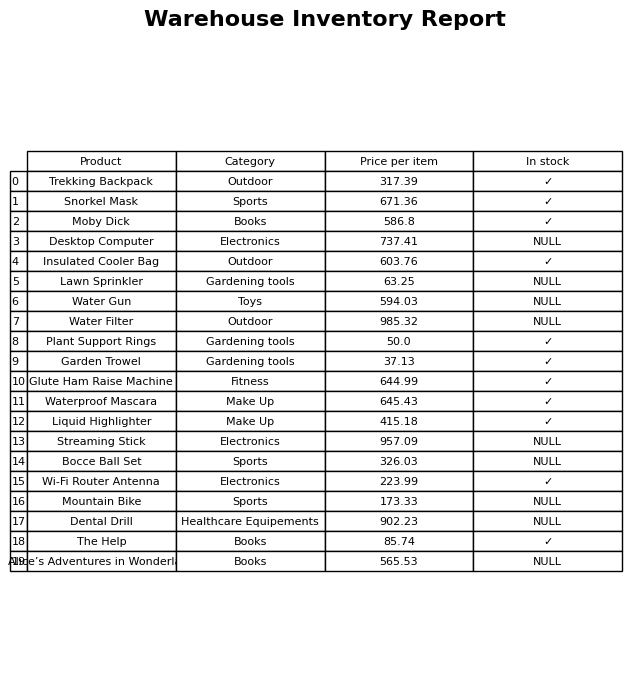
question: What is the stock status of the Lawn Sprinkler?
answer: NULL